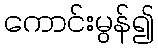
ကောင်းမွန်၍